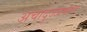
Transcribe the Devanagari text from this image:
अचादुज्जमान